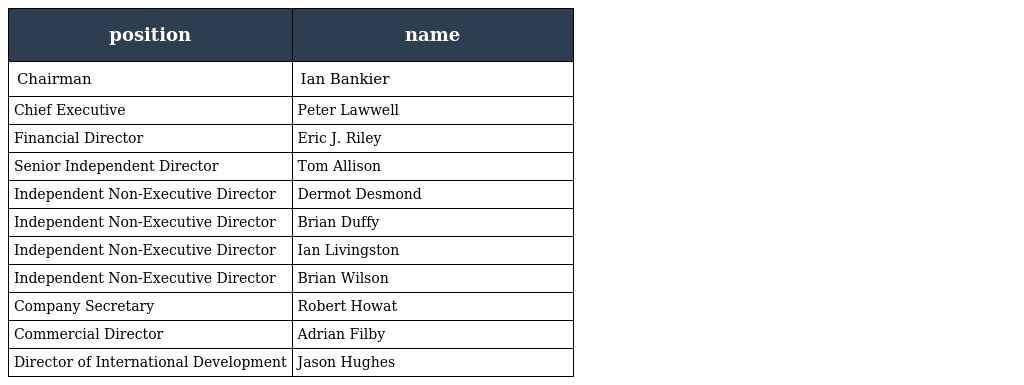
| position | name |
 | --- | --- |
 | Chairman | Ian Bankier |
 | Chief Executive | Peter Lawwell |
 | Financial Director | Eric J. Riley |
 | Senior Independent Director | Tom Allison |
 | Independent Non-Executive Director | Dermot Desmond |
 | Independent Non-Executive Director | Brian Duffy |
 | Independent Non-Executive Director | Ian Livingston |
 | Independent Non-Executive Director | Brian Wilson |
 | Company Secretary | Robert Howat |
 | Commercial Director | Adrian Filby |
 | Director of International Development | Jason Hughes |